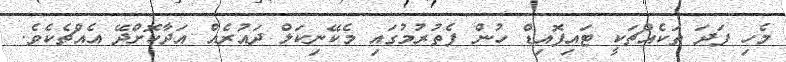
މެހި ފަދަ ތަކެއްޗަކީ ޓައިފޮއިޑް ހުން ފެތުރުމުގައި މެކޭނިކަލް ދައުރެއް އަދާކޮށްދޭ އެއްޗެކެވެ.